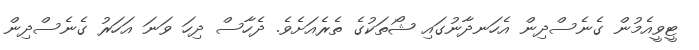
ޓީވީއެމުން ގެނެސްދިން އެހަނދާނުގައި ޝޯތަކުގެ ތެރެއަށެވެ. ދެހާސް ދިހަ ވަނަ އަހަރު ގެނެސްދިން